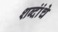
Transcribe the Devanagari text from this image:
शब्दांंचे